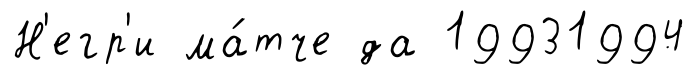
Н'егр'и ма́тче да 19931994